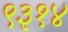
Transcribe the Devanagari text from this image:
९३१४